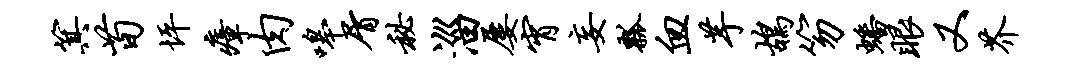
箕荀坪瘴肉嗥屑秘淄屡宵妄瓢血芋鸪笏蟠眼又芥